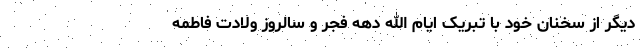
دیگر از سخنان خود با تبریک ایام الله دهه فجر و سالروز ولادت فاطمه